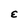
Character: E